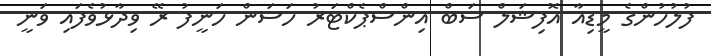
ފުލުހުންގެ މީޑިއާ އޮފިޝަލް ސަބް އިންސްޕެކްޓަރު ހަސަން ހަނީފު ރޭ ވިދާޅުވެފައި ވަނީ